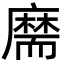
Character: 𦓡